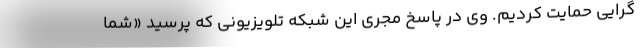
‌گرایی حمایت کردیم. وی در پاسخ مجری این شبکه تلویزیونی که پرسید «شما